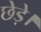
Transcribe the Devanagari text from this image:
छेड़े।